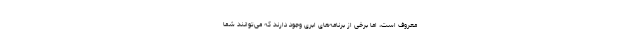
معروف است، اما برخی از برنامه‌های ابری وجود دارند که می‌توانند شما